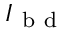
I _ { \mathrm { ~ b ~ d ~ } }